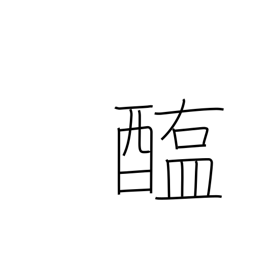
Meaning: salted meat